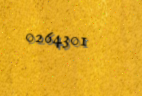
0264301